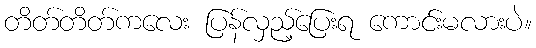
တိတ်တိတ်ကလေး ပြန်လှည့်ပြေးရ ကောင်းမလားပဲ။